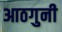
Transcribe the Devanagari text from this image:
आठगुनी